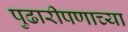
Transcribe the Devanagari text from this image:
पुढारीपणाच्या